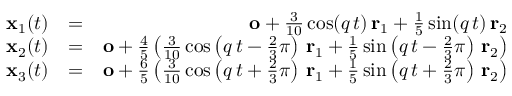
\begin{array} { r l r } { { \mathbf x } _ { 1 } ( t ) } & { = } & { { \mathbf o } + \frac { 3 } { 1 0 } \cos ( q \, t ) \, { \mathbf r } _ { 1 } + \frac { 1 } { 5 } \sin ( q \, t ) \, { \mathbf r } _ { 2 } } \\ { { \mathbf x } _ { 2 } ( t ) } & { = } & { { \mathbf o } + \frac { 4 } { 5 } \left( \frac { 3 } { 1 0 } \cos \left( q \, t - \frac { 2 } { 3 } \pi \right) \, { \mathbf r } _ { 1 } + \frac { 1 } { 5 } \sin \left( q \, t - \frac { 2 } { 3 } \pi \right) \, { \mathbf r } _ { 2 } \right) } \\ { { \mathbf x } _ { 3 } ( t ) } & { = } & { { \mathbf o } + \frac { 6 } { 5 } \left( \frac { 3 } { 1 0 } \cos \left( q \, t + \frac { 2 } { 3 } \pi \right) \, { \mathbf r } _ { 1 } + \frac { 1 } { 5 } \sin \left( q \, t + \frac { 2 } { 3 } \pi \right) \, { \mathbf r } _ { 2 } \right) } \end{array}